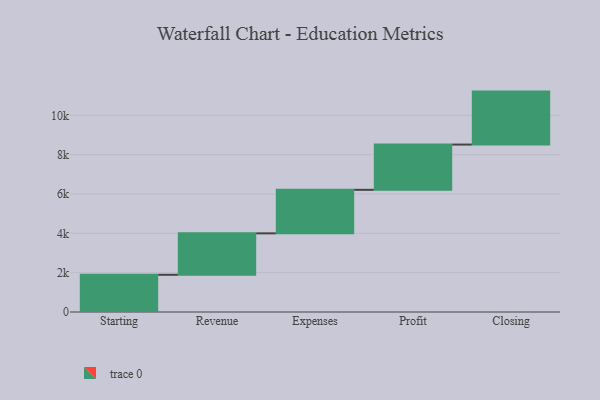
{"axis": {"x": "Step", "y": "Value"}, "legend": [""], "data": [{"x": "Starting", "y": 1891.0, "type": ""}, {"x": "Revenue", "y": 2107.0, "type": ""}, {"x": "Expenses", "y": 2213.0, "type": ""}, {"x": "Profit", "y": 2301.0, "type": ""}, {"x": "Closing", "y": 2693.0, "type": ""}]}